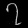
Digit: ၇